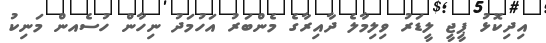
އިދިކޮޅު ޕީޖީ ލީޑަރު ވިލިމާލެ ދާއިރާގެ މެންބަރު އަހުމަދު ނިހާން ހުސެއން މަނިކު